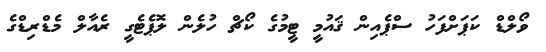
ވޯލްޑް ކަޕަށްފަހު ސްޕެއިން ޤައުމީ ޓީމުގެ ކޯޗް ހުލެން ލޮޕެޓެގީ ރެއާލް މެޑްރިޑްގެ